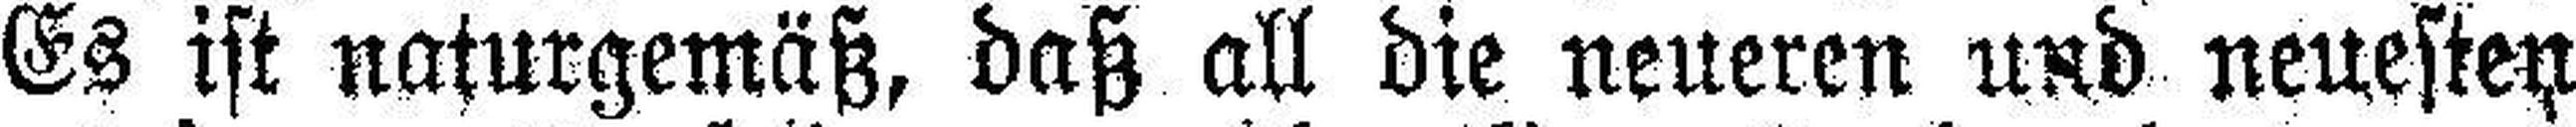
Es ist naturgemäß, daß all die neueren und neuesten